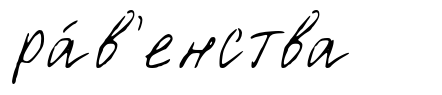
ра́в'енства